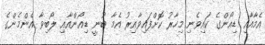
އެމާއާއި ޑިއޯންގެ ކައިވެނި މިހާރު ކޮށްފައިވާއިރު އެމާ ބުނީ ޑިއޯންއާއި ލޯބިވާ އެންމެންގެ